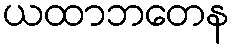
ယထာဘတေန